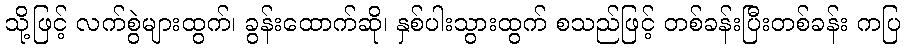
သို့ဖြင့် လက်စွဲများထွက်၊ ခွန်းထောက်ဆို၊ နှစ်ပါးသွားထွက် စသည်ဖြင့် တစ်ခန်းပြီးတစ်ခန်း ကပြ